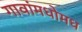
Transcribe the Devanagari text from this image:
गावांमधोमध